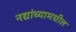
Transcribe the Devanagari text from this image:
नद्यांच्यामधील